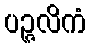
ပဉ္ဇလိကံ